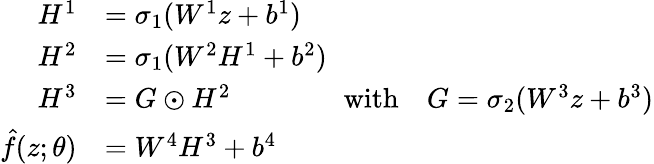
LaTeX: \begin{array}{rl}{H^{1}}&{=\sigma_{1}(W^{1}z+b^{1})}\\ {H^{2}}&{=\sigma_{1}(W^{2}H^{1}+b^{2})}\\ {H^{3}}&{=G\odot H^{2}\qquad\qquad\mathrm{with}\quad G=\sigma_{2}(W^{3}z+b^{3})}\\ {\hat{f}(z;{\theta})}&{=W^{4}H^{3}+b^{4}}\end{array}